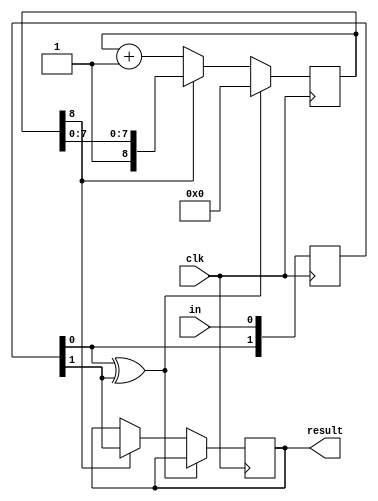
module debouncer(input wire clk, input wire in, output reg result); 

reg [1:0] flipflops;
wire counter_set;
reg [8:0] counter_out;

initial begin
counter_out <= 0;
flipflops <= 0;
end

assign counter_set = flipflops[0] ^ flipflops[1];

always @(posedge clk) begin

flipflops[0] <= in;
flipflops[1] <= flipflops[0];
if (counter_set) 
	counter_out <= 0;
else if (counter_out[8] == 0)
   counter_out <= counter_out +9'h1;
else
   result <= flipflops[1];

end
endmodule